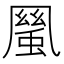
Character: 𠙬